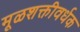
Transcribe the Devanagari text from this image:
मूळशक्तीवर्धक